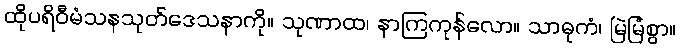
ထိုပရိဝီမံသနသုတ်ဒေသနာကို။ သုဏာထ၊ နာကြကုန်လော။ သာဓုကံ၊ မြဲမြံစွာ။